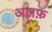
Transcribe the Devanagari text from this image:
अल़फ़